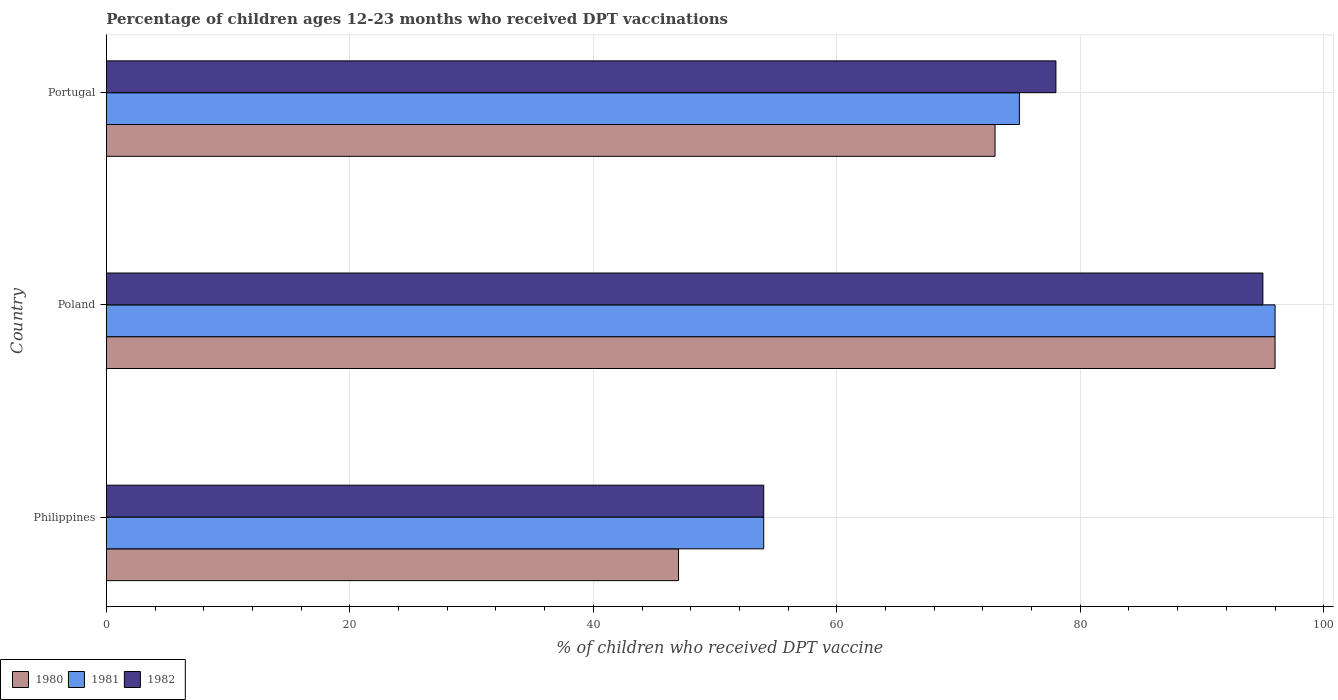
| Country | 1980 | 1981 | 1982 |
 | --- | --- | --- | --- |
 | Philippines | 47 | 54 | 54 |
 | Poland | 96 | 96 | 95 |
 | Portugal | 73 | 75 | 78 |